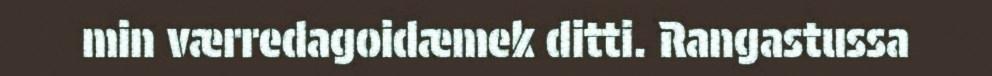
min værredagoidæmek ditti. Rangastussa